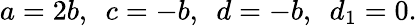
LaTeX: a=2b,\ \ c=-b,\ \ d=-b,\ \ d_{1}=0.